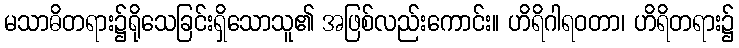
မသာဓိတရား၌ရိုသေခြင်းရှိသောသူ၏ အဖြစ်လည်းကောင်း။ ဟိရိဂါရဝတာ၊ ဟိရိတရား၌